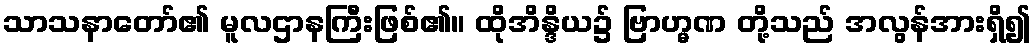
သာသနာတော်၏ မူလဌာနကြီးဖြစ်၏။ ထိုအိန္ဒိယ၌ ဗြာဟ္မဏ တို့သည် အလွန်အားရှိ၍